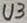
Text: U3